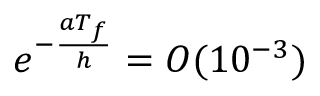
e ^ { - \frac { a T _ { f } } { h } } = O ( 1 0 ^ { - 3 } )